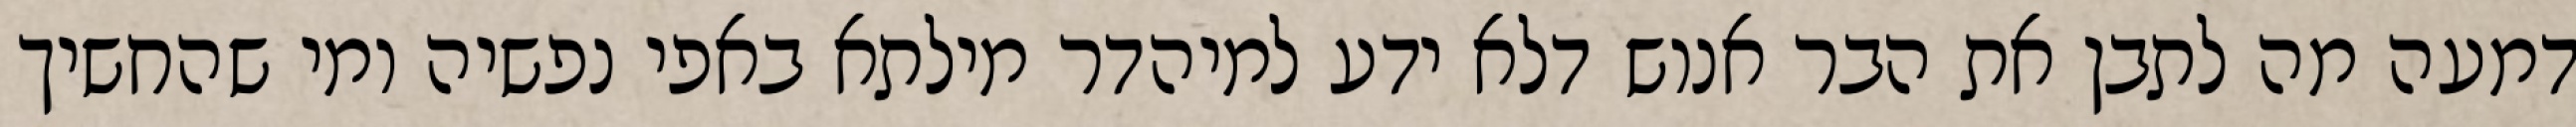
דמעה מה לתבן את הבר אנוש דלא ידע למיהדר מילתא באפי נפשיה ומי שהחשיך